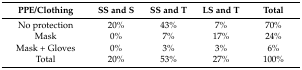
<table><thead><tr><td><b>PPE/Clothing</b></td><td><b>SS and S</b></td><td><b>SS and T</b></td><td><b>LS and T</b></td><td><b>Total</b></td></tr></thead><tbody><tr><td>No protection</td><td>20%</td><td>43%</td><td>7%</td><td>70%</td></tr><tr><td>Mask</td><td>0%</td><td>7%</td><td>17%</td><td>24%</td></tr><tr><td>Mask + Gloves</td><td>0%</td><td>3%</td><td>3%</td><td>6%</td></tr><tr><td>Total</td><td>20%</td><td>53%</td><td>27%</td><td>100%</td></tr></tbody></table>